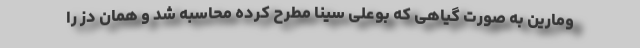
ومارین به صورت گیاهی که بوعلی سینا مطرح کرده محاسبه شد و همان دز را